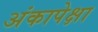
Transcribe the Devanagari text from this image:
अंकापेक्षा